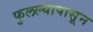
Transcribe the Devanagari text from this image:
फुलल्यापासून